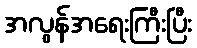
အလွန်အရေးကြီးပြီး